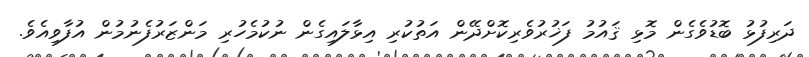
ދަރިފުޅު ބޮޑުވެގެން މޮޅި ޤައުމު ފަޚުރުވެރިކޮށްދޭން އަތުކުރި އިޅާލައިގެން ނުކުމެހުރި މަންޒަރުފެނުމުން އުފާވިއެވެ.